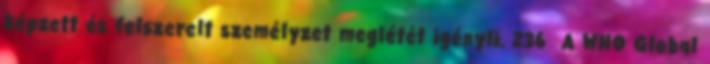
képzett és felszerelt személyzet meglétét igényli. 236 A WHO Global